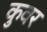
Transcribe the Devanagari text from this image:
कुवर